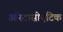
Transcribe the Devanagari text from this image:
ऑस्ट्रोसीएटिक